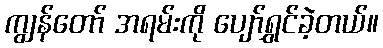
ကျွန်တော် အရမ်းကို ပျော်ရွှင်ခဲ့တယ်။